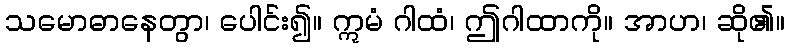
သမောဓာနေတွာ၊ ပေါင်း၍။ ဣမံ ဂါထံ၊ ဤဂါထာကို။ အာဟ၊ ဆို၏။